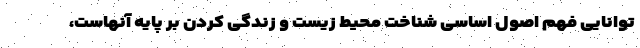
توانایی فهم اصول اساسی شناخت محیط زیست و زندگی کردن بر پایه آنهاست،